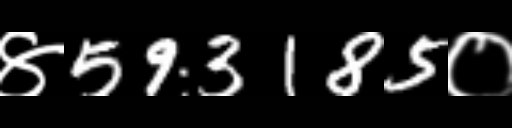
Text: ४593185०